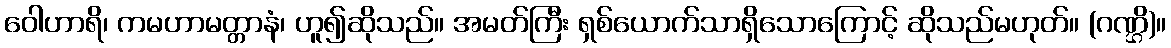
ဝေါဟာရိ၊ ကမဟာမတ္တာနံ၊ ဟူ၍ဆိုသည်။ အမတ်ကြီး ရှစ်ယောက်သာရှိသောကြောင့် ဆိုသည်မဟုတ်။ (ဂဏ္ဌိ)။